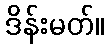
ဒိန်းမတ်။